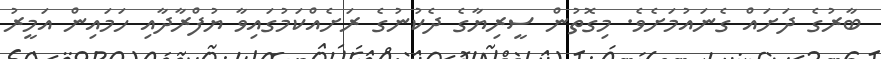
ބާރުގެ ދަށައް ގެނައުމަށެވެ. މިގޮތުން ސީރިޔާގެ ދެކުނުގެ ރަށެއްކަމުގައިވާ ޔުފްރާދާއި ހަމައިން އަމީރު